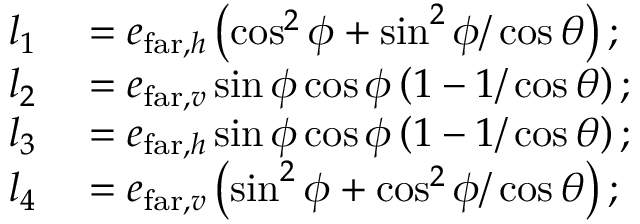
\begin{array} { r l } { l _ { 1 } } & { { } = e _ { \mathrm { f a r } , h } \left( \cos ^ { 2 } \phi + \sin ^ { 2 } \phi / \cos \theta \right) ; } \\ { l _ { 2 } } & { { } = e _ { \mathrm { f a r } , v } \sin \phi \cos \phi \left( 1 - 1 / \cos \theta \right) ; } \\ { l _ { 3 } } & { { } = e _ { \mathrm { f a r } , h } \sin \phi \cos \phi \left( 1 - 1 / \cos \theta \right) ; } \\ { l _ { 4 } } & { { } = e _ { \mathrm { f a r } , v } \left( \sin ^ { 2 } \phi + \cos ^ { 2 } \phi / \cos \theta \right) ; } \end{array}